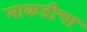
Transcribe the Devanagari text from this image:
माकडीचा